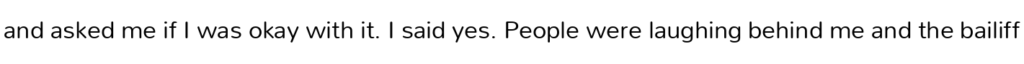
and asked me if I was okay with it. I said yes. People were laughing behind me and the bailiff